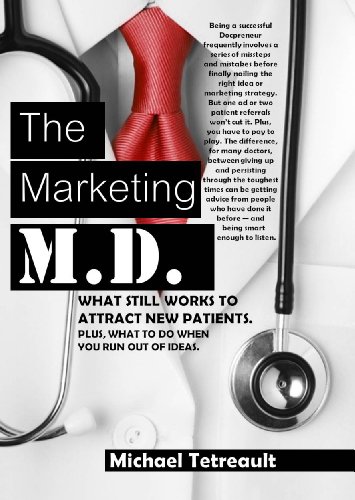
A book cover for The Marketing MD; Michael Tetreault; Medical Books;